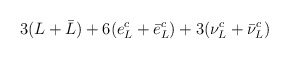
\begin{align*}3(L+\bar{L})+6(e^c_L +\bar{e}^c_L)+3(\nu^c_L +\bar{\nu}^c_L)\end{align*}